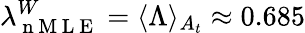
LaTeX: \lambda_{\mathrm{~n~M~L~E~}}^{W}=\langle\Lambda\rangle_{A_{t}}\approx 0.685